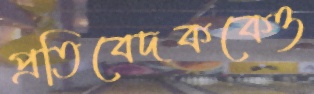
প্রতিবেদককেও